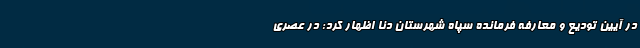
در آیین تودیع و معارفه فرمانده سپاه شهرستان دنا اظهار کرد: در عصری